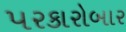
પરકારોબાર